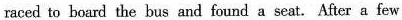
raced to board the bus and found a seat. Afer a few